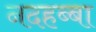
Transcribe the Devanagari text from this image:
नदहब्बा